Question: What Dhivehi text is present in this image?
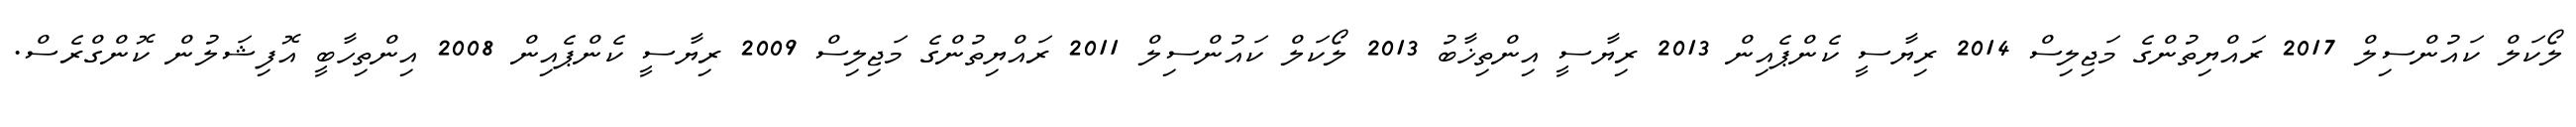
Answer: ލޯކަލް ކައުންސިލް 2017 ރައްޔިތުންގެ މަޖިލިސް 2014 ރިޔާސީ ކެންޕެއިން 2013 ރިޔާސީ އިންތިޚާބު 2013 ލޯކަލް ކައުންސިލް 2011 ރައްޔިތުންގެ މަޖިލިސް 2009 ރިޔާސީ ކެންޕެއިން 2008 އިންތިހާބީ އޮފިޝަލުން ކޮންގްރެސް.